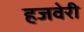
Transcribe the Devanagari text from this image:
हजवेरी